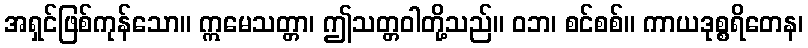
အရှင်ဖြစ်ကုန်သော။ ဣမေသတ္တာ၊ ဤသတ္တဝါတို့သည်။ ဝဘ၊ စင်စစ်။ ကာယဒုစ္စရိတေန၊